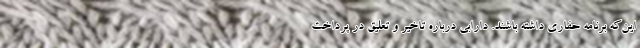
این‌که برنامه حفاری داشته باشند. دارابی درباره تاخیر و تعلیق در پرداخت